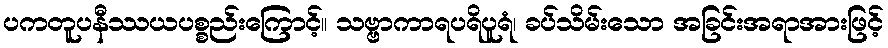
ပကတူပနီဿယပစ္စည်းကြောင့်။ သဗ္ဗာကာရပရိပူရံ၊ ခပ်သိမ်းသော အခြင်းအရာအားဖြင့်